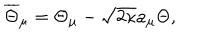
LaTeX: \overline { { { \Theta } } } _ { \mu } = \Theta _ { \mu } - \sqrt { 2 \kappa } a _ { \mu } \Theta ,